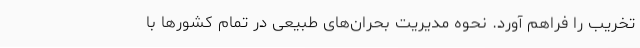
تخریب را فراهم آورد. نحوه مدیریت بحران‌های طبیعی در تمام کشورها با